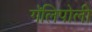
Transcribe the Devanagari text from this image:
गॅलिपोली